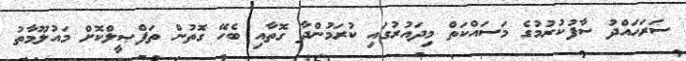
ސަރަޙައްދު ސާފުކުރުމުގެ މަސައްކަތް މިދައުރުގައި ކުރަމުންދާ ގޮތާއި ބެހޭ ގޮތުން ތަފްޞީލްކޮށް މައުލޫމާތު